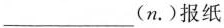
___(n.)报纸